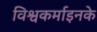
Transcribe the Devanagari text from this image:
विश्वकर्माइनके